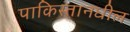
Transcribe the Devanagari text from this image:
पाकिस्तानधील